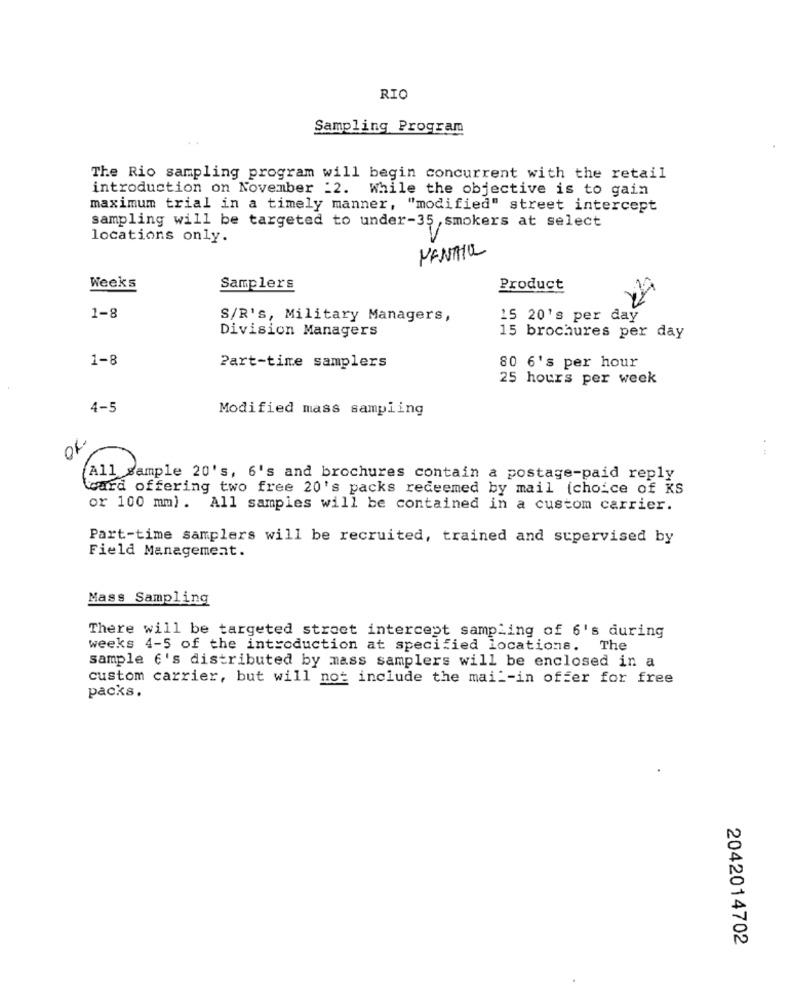
RIO
Sampling Program
The Rio sampling program will begin concurrent with the retail
introduction on November :2. While the objective is to gain
maximum trial in a timely manner, "modified" street intercept
sampling will be targeted to under-35 ,smokers at select
locations only.
MANTIL
Weeks
Samplers
Product
1-8
S/R's, Military Managers,
15 20's per day
Division Managers
15 brochures per day
1-8
Part-time samplers
80 6's per hour
25 hours per week
4-5
Modified mass sampling
OL
All sample 20's, 6's and brochures contain a postage-paid reply
(card offering two free 20's packs redeemed by mail (choice of KS
or 100 mm). All samples will be contained in a custom carrier.
Part-time samplers will be recruited, trained and supervised by
Field Management.
Mass Sampling
There will be targeted stroet intercept sampling of 6's during
weeks 4-5 of the introduction at specified locations. The
sample 6's distributed by mass samplers will be enclosed in a
custom carrier, but will not include the mai -- in offer for free
packs.
2042014702